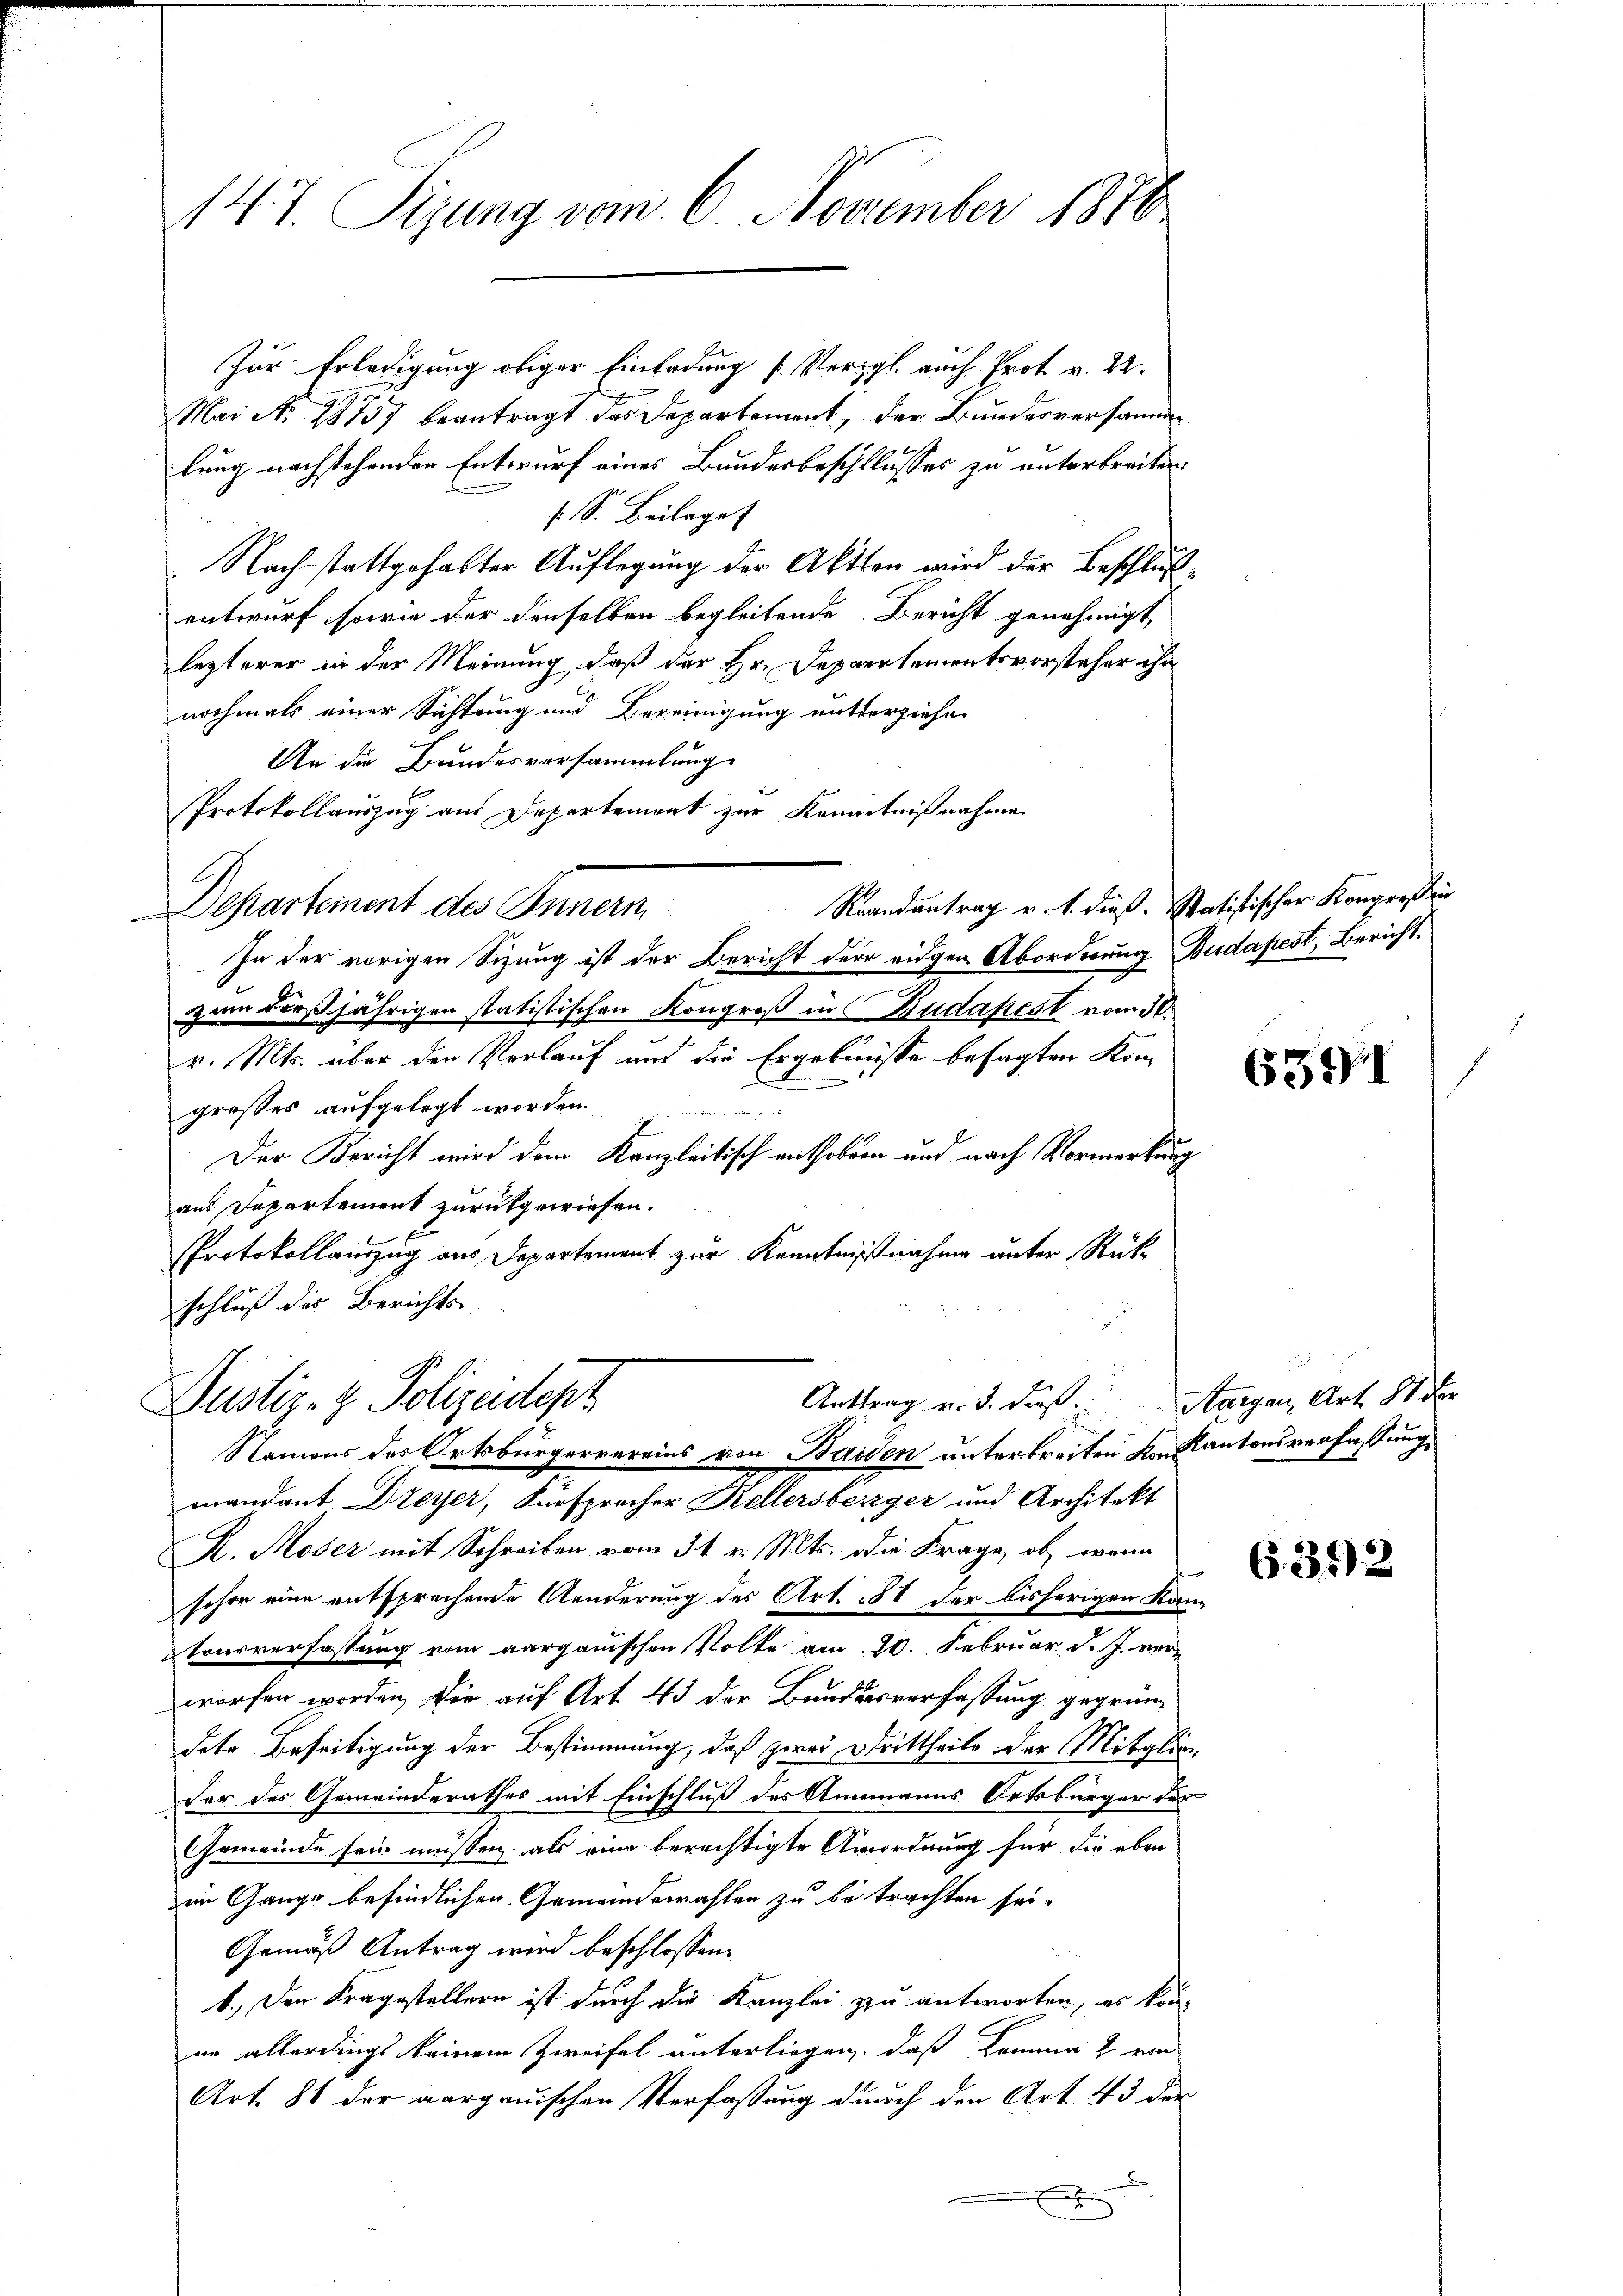
147. Sizung vom 6. November 1870

Zur Erledigung obiger Einladung (Vergl auch Prot. v. 22.
Mai No 18757 beantragt das Departement, der Bundesversamm
|
lung nachstehenden Entwurf eines Bundesbeschlusses zu unterbreiten.
S. Beilaget
Nach stattgehabter Auflegung der Akten wird der Beschlußentwurf sowie der denselben begleitende Bericht genehmigt
lezterer in der Meinung, daß der Hr. Dappertementsvorsteher ihn
nochmals einer Sichtung und Bereinigung mitterziehen
Ur die Bundesversammlung.
Protokollauszug aus Departement zur Kenntnißnahme
G
Raandantrag v. 1. dieß. Statistischer Kongreß ein
Separtement des Innern
In der vorigen Sizung ist der Bericht der eidgen Abordnung Budapest, Bericht.
zum derjährigen statistischen Kongreß in Budapest vom 30.
v. Mts. über den Verlauf und die Ergebnisse besagten Komgrosses aufgelegt worden.

1
Der Bericht wird dem Kanzleitisch enthoben und nach Vormerkung
aus Departement zurückgewiesen.
Protokollauszug aus Departement zur Kenntnißnahme unter Rück-
schluß des Berichts-

Justiz- & Polizeidept
Namens des Ortsbürgervereins von Baiden unterbreiten von Kantonsverfassung

Anttrag v. 3. dies Aargau, Art. 81 der

mandant Dreyer, Sursprecher Kellersberger und Architekt
R. Moser mit Schreiben vom 31. v. Mts. die Frage, ob, wenn
schon eine entsprechende Aenderung des Art. 81 der bisherigen Kan
trusverfassung vom aargauischen Volke am 20. Februar d. J. verworfen worden, die auf Art. 43 der Bundesverfassung gegründete Beseitigung der Bestimmung, daß zwei Drittheils der Mitglieder des Gemeinderathes mit Einschluß des Stammanns Ortsbürger der
Gemeinde sein müssen, als eine berechtigte Anordnung für die eben
im Gange befindlichen Gemeindswahlen zu betrachten sei.
Gemäß Antrag wird beschlossen:
1.) Den Fragestellern ist durch die Kanzlei zu antworten, es könin allerdings keinem Zweifel unterliegen, daß Lemma 2 von
Art. 81 der aargauischen Verfassung durch den Art. 43 der
x

6391

6392